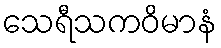
သေရီသကဝိမာနံ